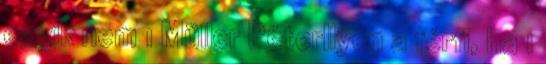
egyik nem 1 Müller PéterIlyen a férfi, ha 1